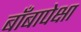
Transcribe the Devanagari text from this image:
बाँबापेक्षा